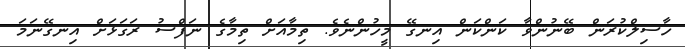
ހާސިލްކުރަން ބޭނުންވާ ކަންކަން އިނގޭ މީހުންނެވެ. ތިމާއަށް ތިމާގެ ނަފްސު ރަގަޅަށް އިނގޭނަމަ